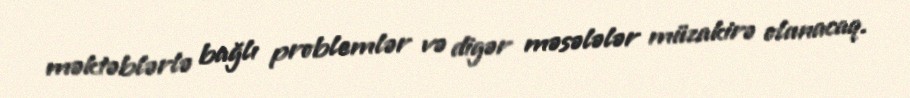
məktəblərlə bağlı problemlər və digər məsələlər müzakirə olunacaq.